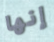
إنها